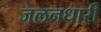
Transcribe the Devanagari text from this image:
जलनधारी